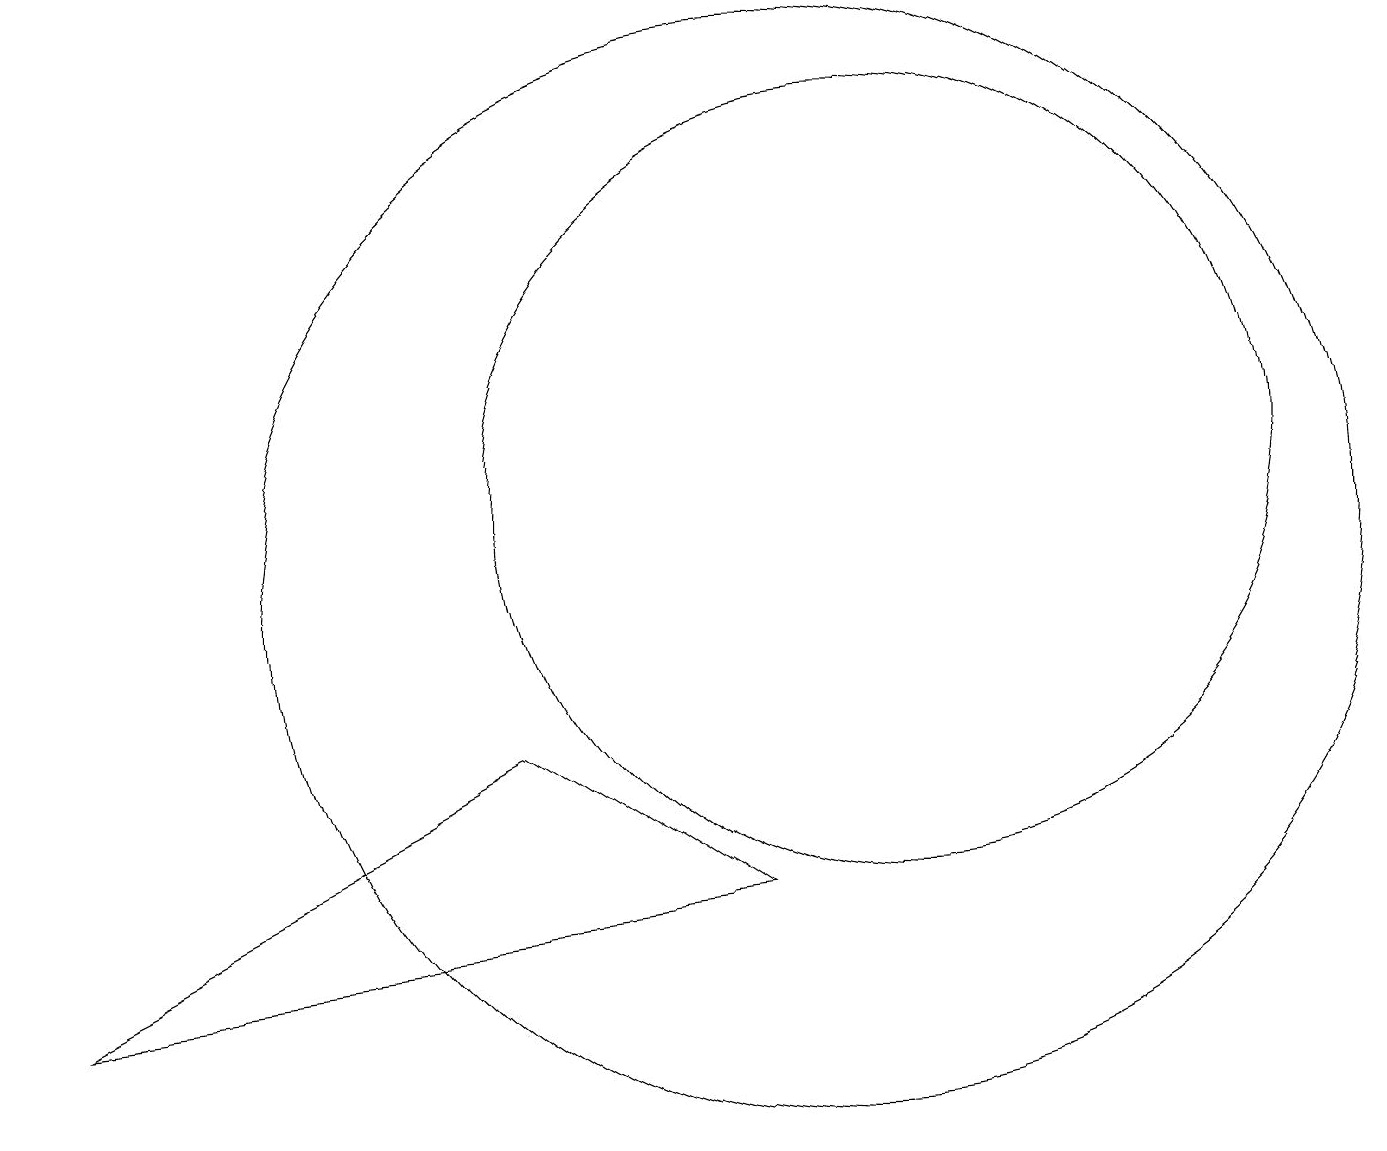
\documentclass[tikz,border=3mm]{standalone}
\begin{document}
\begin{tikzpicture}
\draw (10,11) circle (7);
\draw (11,12) circle (5);
\draw (0,6) -- (9,7) -- (6,9) -- cycle;
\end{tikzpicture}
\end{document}